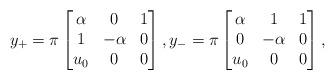
LaTeX: \begin{align*}y_+=\pi\begin{bmatrix}\alpha&0&1\\ 1 & - \alpha&0\\ u_0&0& 0\end{bmatrix},y_-= \pi\begin{bmatrix}\alpha&1&1\\ 0 & - \alpha&0\\ u_0&0& 0\end{bmatrix},\end{align*}